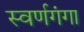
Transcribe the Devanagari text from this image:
स्वर्णगंगा